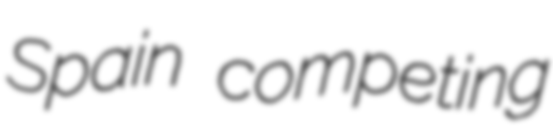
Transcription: Spain competing